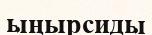
ыңырсиды